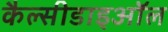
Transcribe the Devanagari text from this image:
कैल्सीडाइऑल